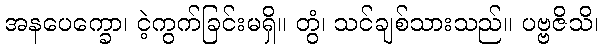
အနပေက္ခော၊ ငဲ့ကွက်ခြင်းမရှိ။ တွံ၊ သင်ချစ်သားသည်။ ပဗ္ဗဇိသိ၊